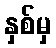
နှစ်မှ